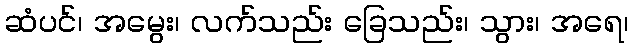
ဆံပင်၊ အမွေး၊ လက်သည်း ခြေသည်း၊ သွား၊ အရေ၊